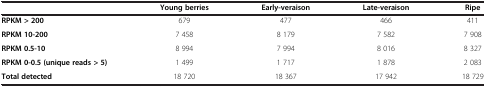
<table><thead><tr><td><b> </b></td><td><b>Young berries</b></td><td><b>Early-veraison</b></td><td><b>Late-veraison</b></td><td><b>Ripe</b></td></tr></thead><tbody><tr><td><b>RPKM &gt; 200</b></td><td>679</td><td>477</td><td>466</td><td>411</td></tr><tr><td><b>RPKM 10-200</b></td><td>7 458</td><td>8 179</td><td>7 582</td><td>7 908</td></tr><tr><td><b>RPKM 0.5-10</b></td><td>8 994</td><td>7 994</td><td>8 016</td><td>8 327</td></tr><tr><td><b>RPKM 0-0.5 (unique reads &gt; 5)</b></td><td>1 499</td><td>1 717</td><td>1 878</td><td>2 083</td></tr><tr><td><b>Total detected</b></td><td>18 720</td><td>18 367</td><td>17 942</td><td>18 729</td></tr></tbody></table>